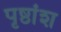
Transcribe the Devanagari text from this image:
पृष्ठांश